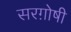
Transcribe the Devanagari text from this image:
सरग़ोषी